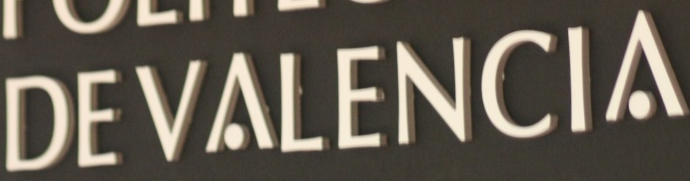
DEVALENCIA